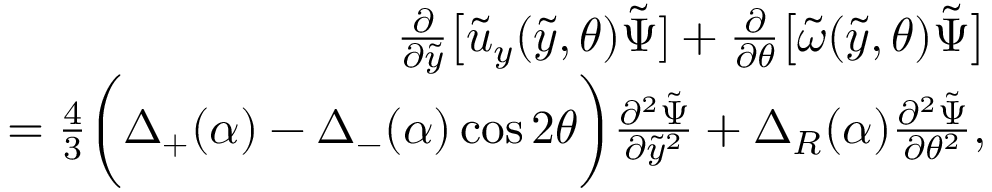
\begin{array} { r l r } & { } & { \frac { \partial } { \partial \tilde { y } } \big [ \tilde { u } _ { y } ( \tilde { y } , \theta ) \tilde { \Psi } ] + \frac { \partial } { \partial \theta } \big [ \tilde { \omega } ( \tilde { y } , \theta ) \tilde { \Psi } \big ] } \\ & { } & { \qquad \, \, \, = \frac { 4 } { 3 } \bigg ( \Delta _ { + } ( \alpha ) - \Delta _ { - } ( \alpha ) \cos { 2 \theta } \bigg ) \frac { \partial ^ { 2 } \tilde { \Psi } } { \partial \tilde { y } ^ { 2 } } + \Delta _ { R } ( \alpha ) \frac { \partial ^ { 2 } \tilde { \Psi } } { \partial \theta ^ { 2 } } , } \end{array}